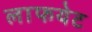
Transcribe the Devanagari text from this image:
लाफयेट